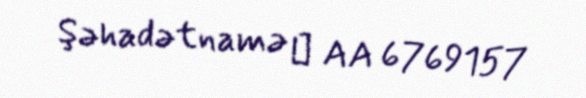
Şəhadətnamə № AA 6769157